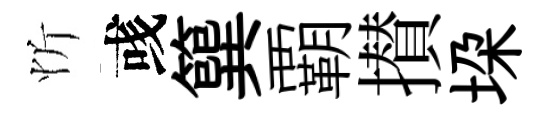
忻彧簨覇攅垜